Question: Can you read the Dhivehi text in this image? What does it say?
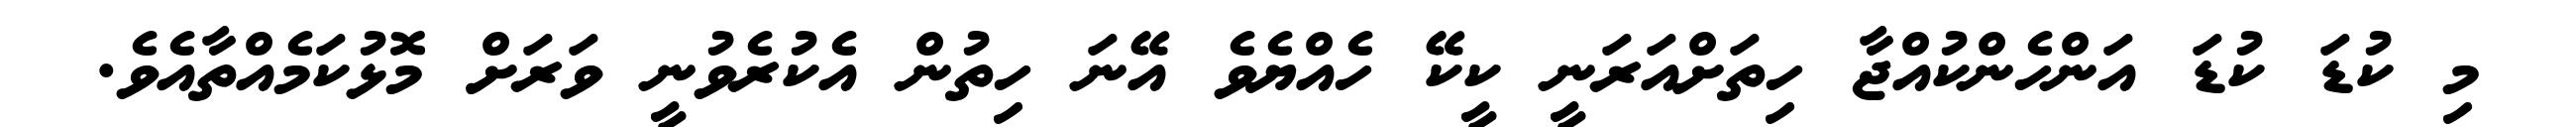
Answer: މި ކުޑަ ކުޑަ އަންހެންކުއްޖާ ހިތަށްއަރަނީ ކީކޭ ހެއްޔެވެ އޭނަ ހިތުން އެކުރެވުނީ ވަރަށް މޮޅުކަމެއްތާއެވެ.